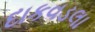
દાકવડલા